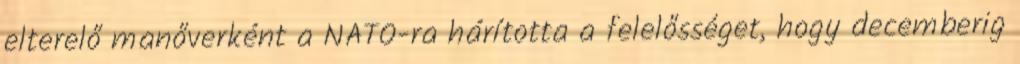
elterelő manőverként a NATO-ra hárította a felelősséget, hogy decemberig